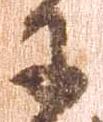
于